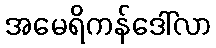
အမေရိကန်ဒေါ်လာ